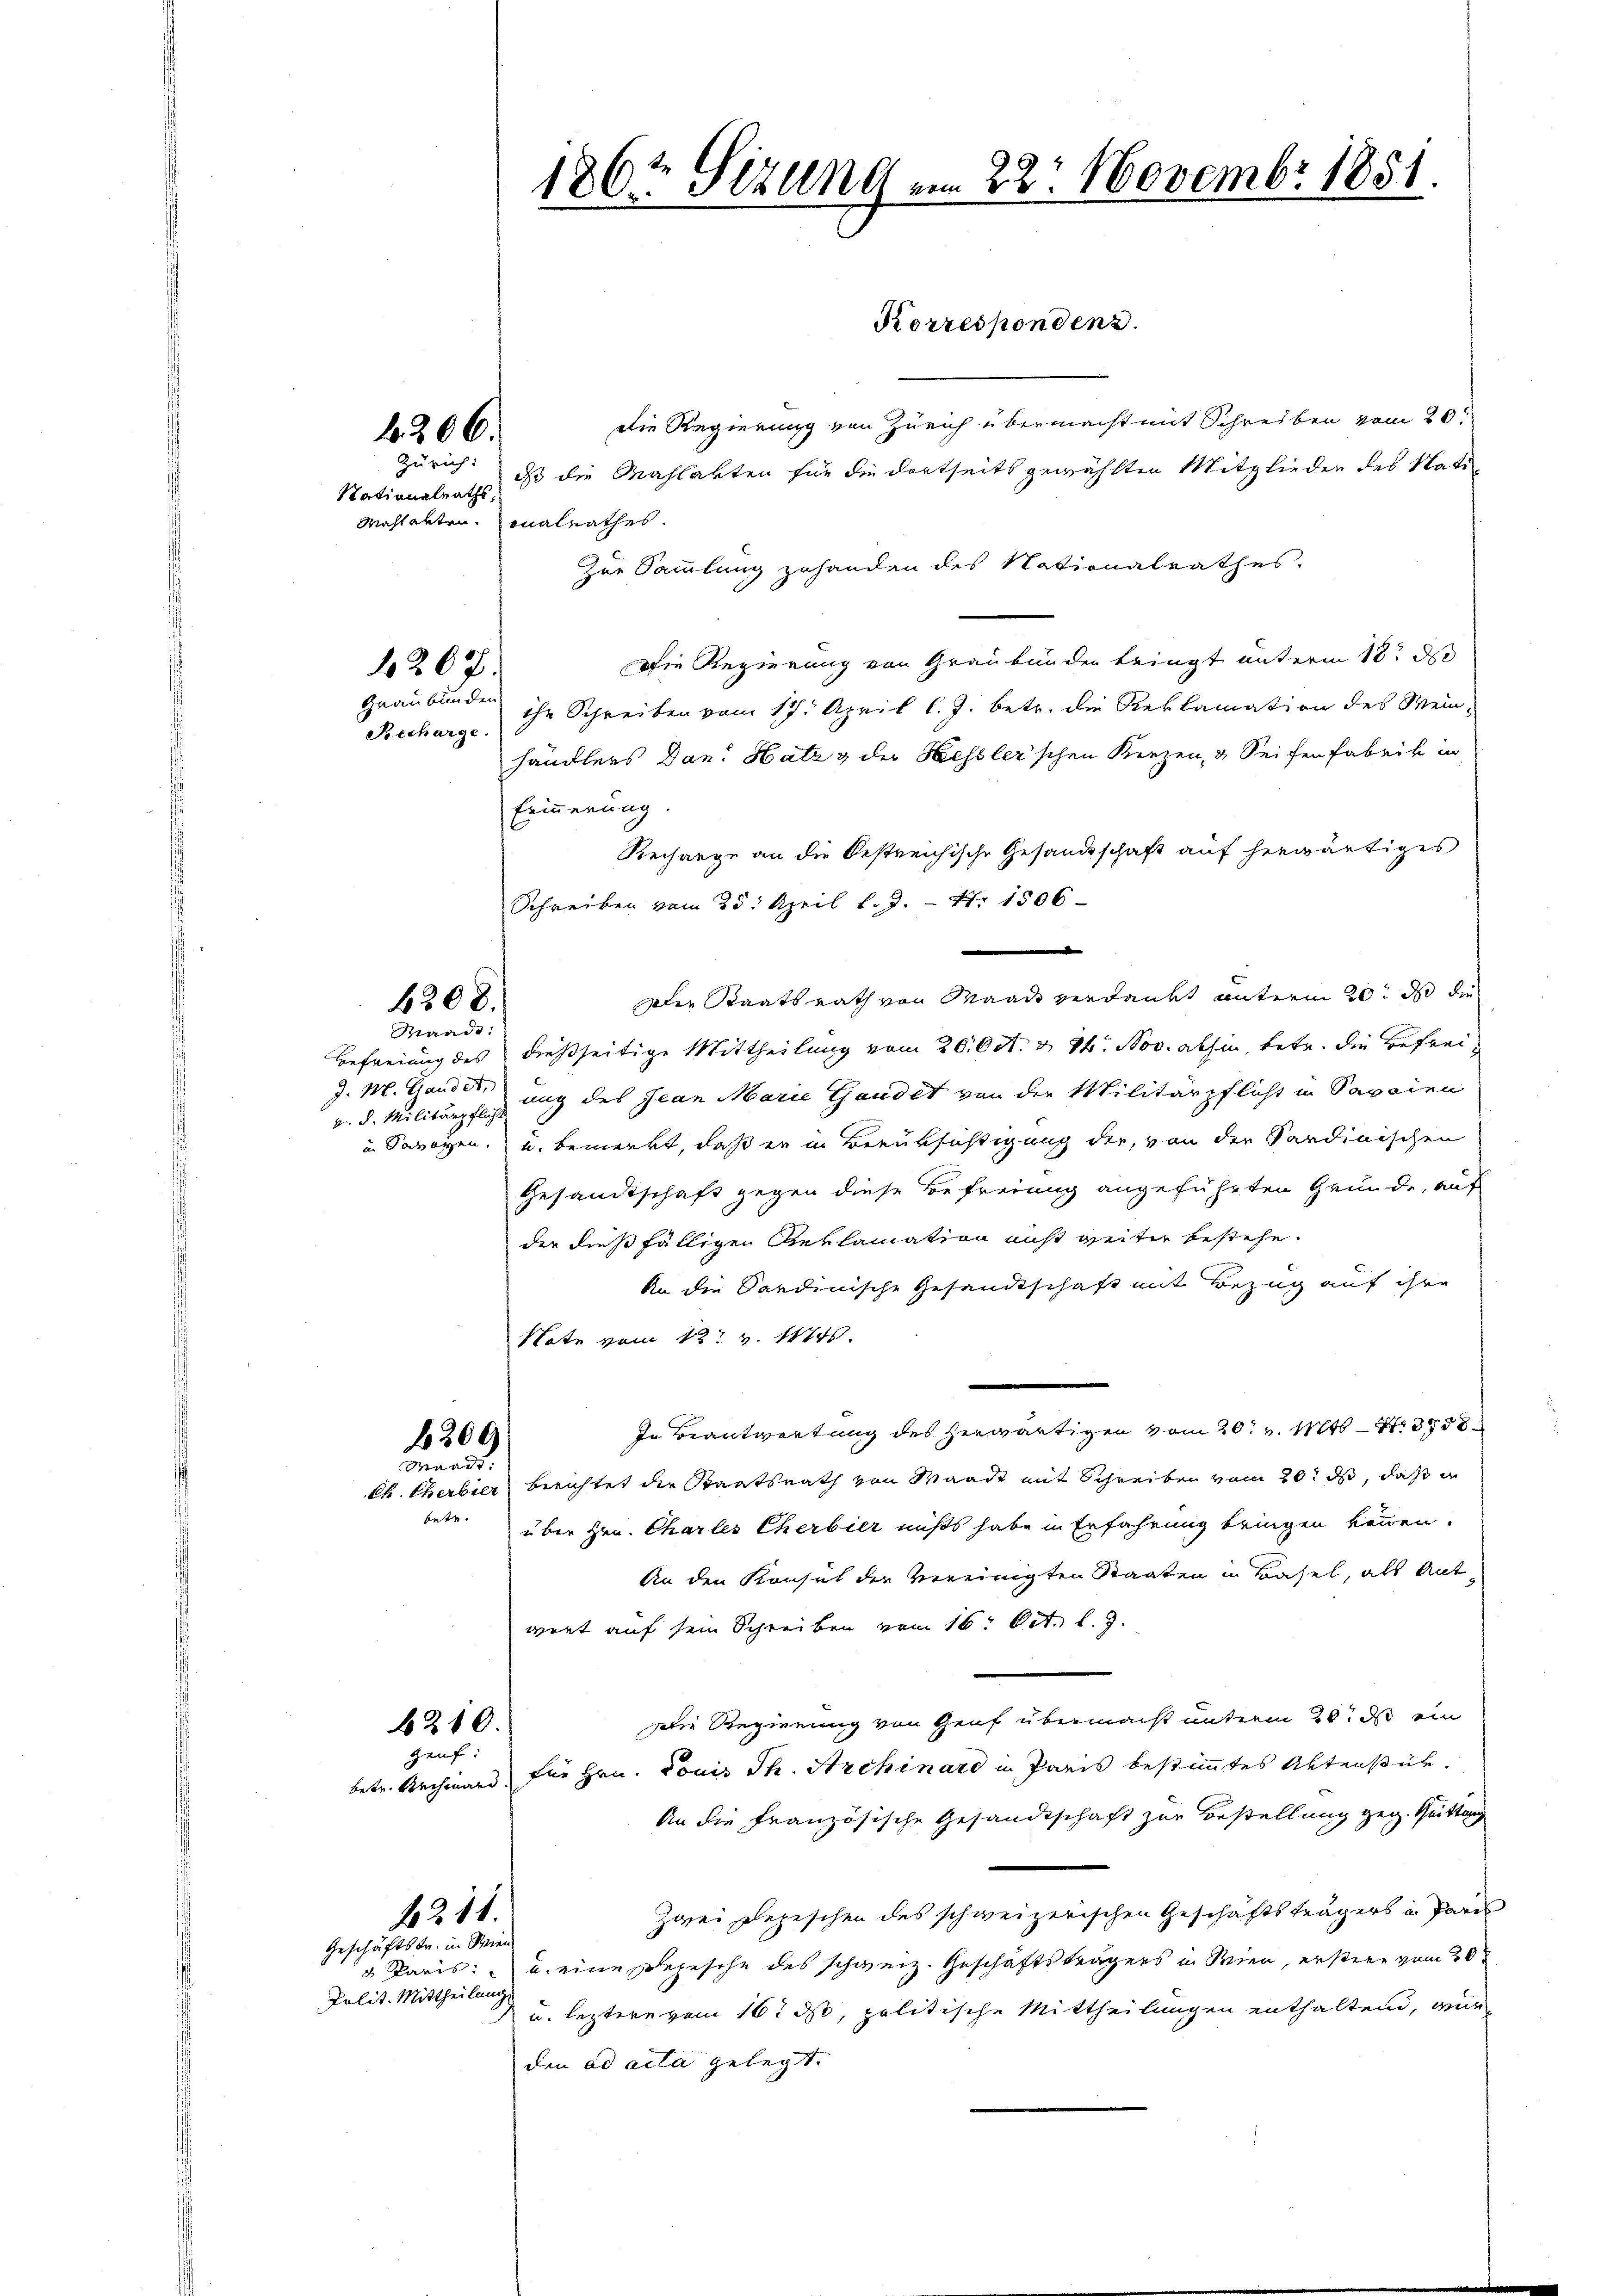
Nationalraths,

die Regierung von Zürich übermacht mit Schreiben vom 20.
Zürich: dass die Mahlakten für die dortseits gewählten Mitglieder des Nati
Mahlakten. Mnalrathes.
Zur Sammlung zuhanden des Nationalrathes.
Die Regierung von Graubünden tringt unterm 18t d
ihr Schreiben vom 17. April l. J. betr. die Reklamation des Wein-
händlers Dan. Hatz & der Hessler'schen Kerzen, u Seifen Fabrik in
Erinnerung
Rechange an die bestreichische Gesandtschaft auf herwärtiges
Schreiben vom 25. April l. J. – Nr. 1806
e
Die Staatsrath von Waadt verdankt unterm 20. ds die
Befreiung des dießseitige Mittheilung vom 20. Oct. v. 24. Nov. abhin, betr. die Befreiv. d. Militärpflichung des Jean Marie Gaudet von der Militärpflicht in Savoien
in Savoyen, u. bemerkt, daß er in Berüksichtigung der, von der Sardinischen
Gesandtschaft gegen diese Befreiung angeführten Grunde, auf
der dießfälligen Reklamation nicht weiter bestehe.
An die Sardinische Gesandtschaft mit Bezug auf ihre
Nate vom 12t v. 1474.
In Beantwortung des herwärtigen vom 20. v. Mts. S. 3758
8300
Waadt:
Ch. Cherbier berichtet der Staatsrath von Waadt mit Schreiben vom 20. ds, daß in
betr.
über Hrn. Charles Cherbier nichts habe in Erfahrung bringen können.
An den Konsul der vereinigten Staaten in Basel, als Ant
wert auf sein Schreiben vom 16. Oct. l. J.
Die Regierung von Genf übermacht unterm 20. ds ein
6210.
Heuf:
betr. Rechmand, für Hrn. Louis Ph. Archinard in Paris bestimmtes Aktenstüh
An die französische Gesandtschaft zur Bestellung geg. Quittung
Zwei Depeschen des schweizerischen Geschäftsträgers in Pare
1211.
Geschäftstr. in Sinnen
u Paris u. eine Depesche des schweiz. Geschäftsträgers in Wien, erstern vom 30.
Polit. Mittheilung
u. leztere vom 16t d, politische Mittheilungen enthaltend, wur
den ad acta gelegt.

k. 206.

207.

Graubünden
Recharge.

6308.

Maad:
J. M. Gandet,

1867 Sizung am 22. Novembr 1851.

Korrespondenz.